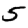
Digit: 5